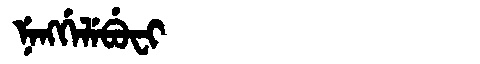
Manchu: ᠨᡝᠩᡤᡝᠯᡝᠪᡠᠸᡳ
Romanization: NENGGELEBUFI